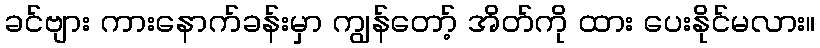
ခင်ဗျား ကားနောက်ခန်းမှာ ကျွန်တော့် အိတ်ကို ထား ပေးနိုင်မလား။